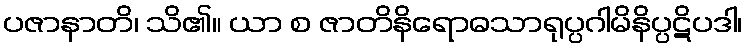
ပဇာနာတိ၊ သိ၏။ ယာ စ ဇာတိနိရောဓသာရုပ္ပဂါမိနိပ္ပဋိပဒါ၊